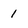
Character: 1